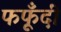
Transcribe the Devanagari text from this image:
फफूँदीं